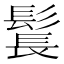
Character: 𩭨